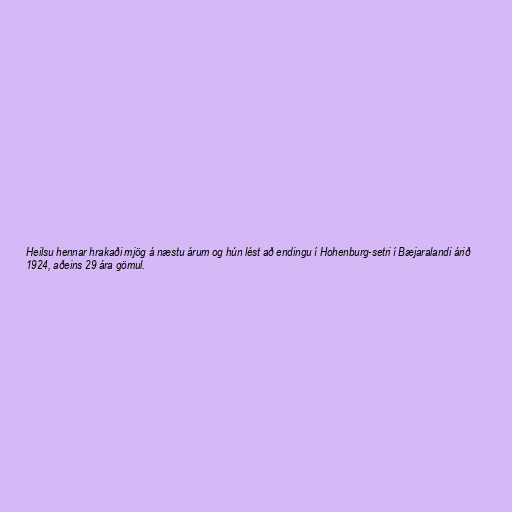
Heilsu hennar hrakaði mjög á næstu árum og hún lést að endingu í Hohenburg-setri í Bæjaralandi árið
1924, aðeins 29 ára gömul.